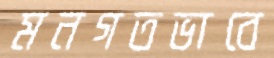
মনগতভাবে